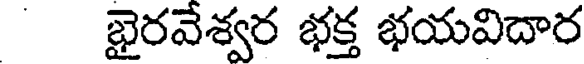
భైరవేశ్వర భక్త భయవిదార